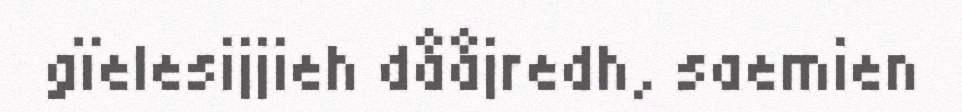
gïelesijjieh dååjredh, saemien